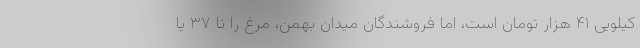
کیلویی ۴۱ هزار تومان است، اما فروشندگان میدان بهمن، مرغ را تا ۳۷ یا